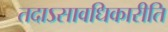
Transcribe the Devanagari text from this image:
तदाऽसावधिकारीति